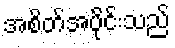
အစိတ်အပိုင်းသည်